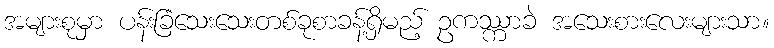
အများစုမှာ ပန်းခြံသေးသေးတစ်ခုစာခန့်ရှိမည့် ဥကဿ္ကာခဲ အသေးစားလေးများသာ။